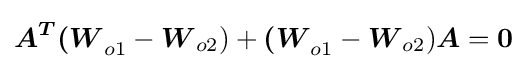
{\boldsymbol {A^{T}}}{\boldsymbol {(W}}_{o1}-{\boldsymbol {W}}_{o2})+{\boldsymbol {(W}}_{o1}-{\boldsymbol {W}}_{o2}){\boldsymbol {A}}={\boldsymbol {0}}